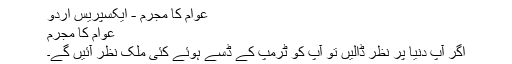
عوام کا مجرم - ایکسپریس اردو
عوام کا مجرم
اگر آپ دنیا پر نظر ڈالیں تو آپ کو ٹرمپ کے ڈسے ہوئے کئی ملک نظر آئیں گے۔